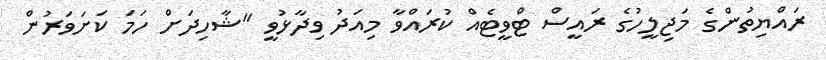
ރައްޔިތުންގެ މަޖިލީހުގެ ރައީސް ޓްވީޓެއް ކުރައްވާ މިއަދު ވިދާޅުވީ "ޝާހިދަށް ހަމަ ކަށަވަރުން